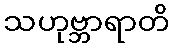
သဟုဗ္ဘာရာတိ